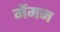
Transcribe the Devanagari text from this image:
मेंमन